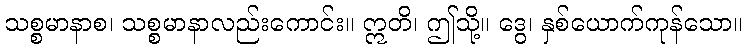
သစ္စမာနာစ၊ သစ္စမာနာလည်းကောင်း။ ဣတိ၊ ဤသို့။ ဒွေ၊ နှစ်ယောက်ကုန်သော။